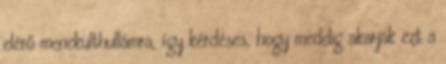
elérő menekülthullámra, így kérdéses, hogy meddig akarják ezt a